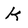
Character: k